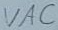
Text: VAC